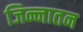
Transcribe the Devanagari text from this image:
जिन्नातन